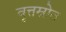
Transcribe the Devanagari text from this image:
वृत्तस्रोत